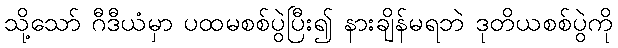
သို့သော် ဂီဒီယံမှာ ပထမစစ်ပွဲပြီး၍ နားချိန်မရဘဲ ဒုတိယစစ်ပွဲကို